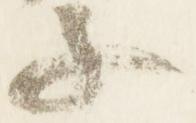
子